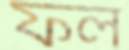
ফল